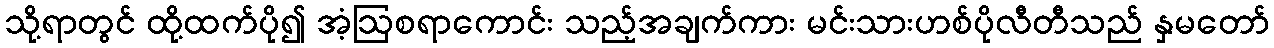
သို့ရာတွင် ထို့ထက်ပို၍ အံ့ဩစရာကောင်း သည့်အချက်ကား မင်းသားဟစ်ပိုလီတီသည် နှမတော်